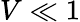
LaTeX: V\ll 1